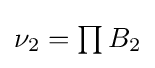
{\textstyle \nu _{2}=\prod B_{2}}